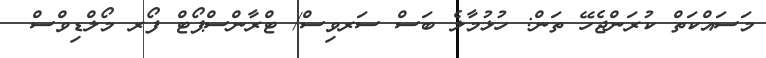
މަސައްކަތް ކުރަންޖެހޭ ތަން: ހުޅުމާލެ ބަސް ސަރވިސް/ ޓްރާންސްޕޯޓް ފޯރ މޯލްޑިވްސް